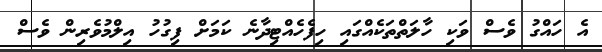
އެ ހައްގު ވެސް ވަކި ހާލަތްތަކެއްގައި ހިފެހެއްޓިދާނެ ކަމަށް ފިގުހު އިލްމުވެރިން ވެސް